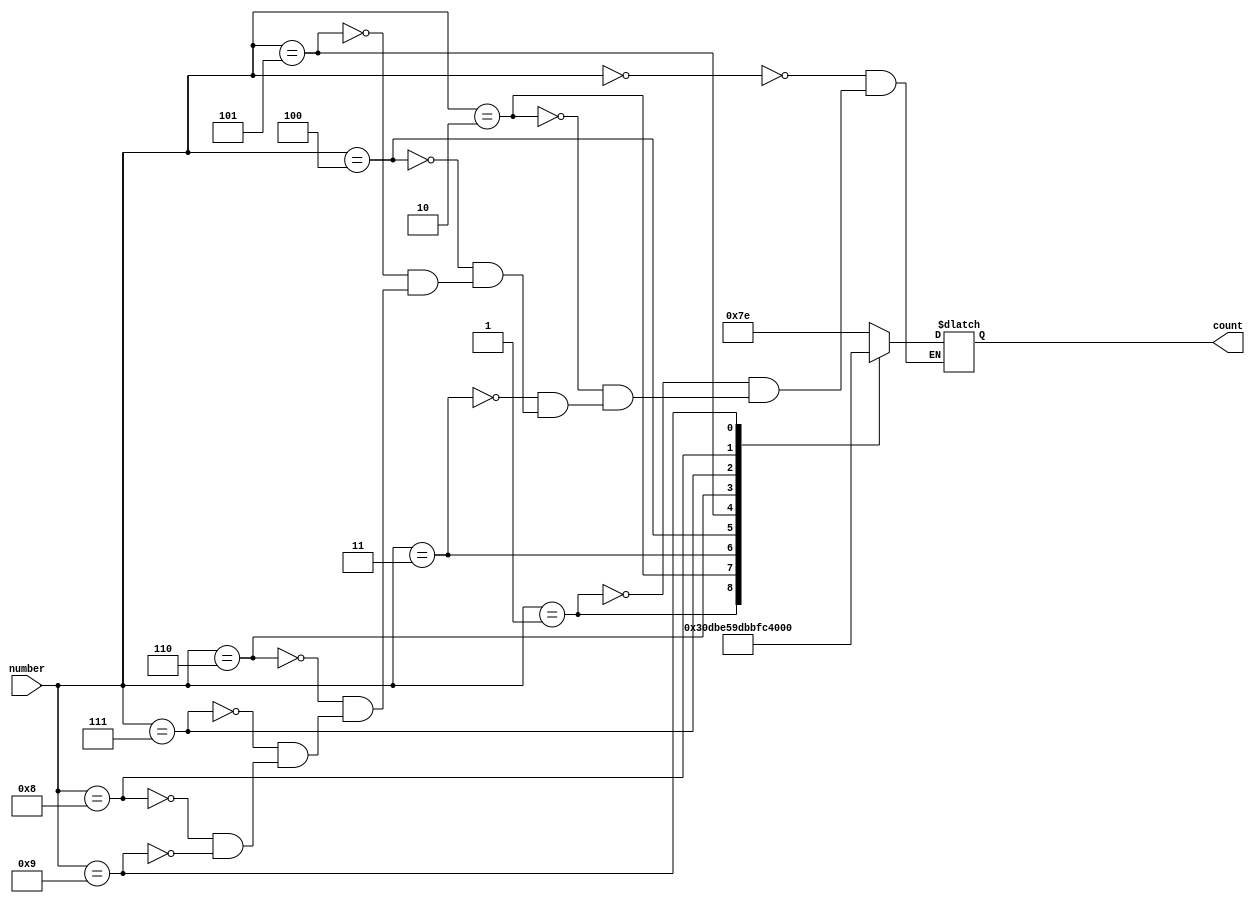
module translate(
    input[3:0] number, //λ
    output[6:0] count  //λ
    );
    wire[3:0] number;
    reg[6:0] count;
    always @(number)
    begin
        case(number)//ģΪ10ĶźתΪӦĶܱ
            4'b0000:count=7'b1111110;
            4'b0001:count=7'b0110000;
            4'b0010:count=7'b1101101;
            4'b0011:count=7'b1111001;
            4'b0100:count=7'b0110011;            
            4'b0101:count=7'b1011011;
            4'b0110:count=7'b1011111;
            4'b0111:count=7'b1110000;
            4'b1000:count=7'b1111111;
            4'b1001:count=7'b1111011;
        endcase
    end
endmodule